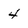
Character: 4